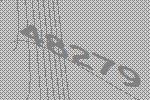
48279